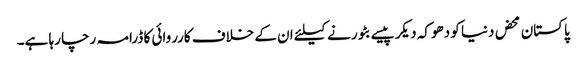
پاکستان محض دنیا کو دھوکہ دیکر پیسے بٹورنے کیلئے ان کے خلاف کارروائی کا ڈرامہ رچا رہا ہے۔